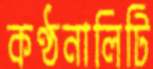
কণ্ঠনালিটি